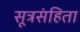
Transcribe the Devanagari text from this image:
सूत्रसंहिता